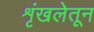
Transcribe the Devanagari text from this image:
शृंखलेतून